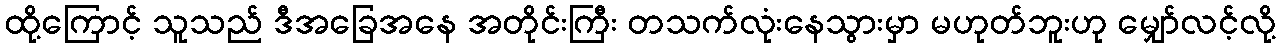
ထို့ကြောင့် သူသည် ဒီအခြေအနေ အတိုင်းကြီး တသက်လုံးနေသွားမှာ မဟုတ်ဘူးဟု မျှော်လင့်လို့